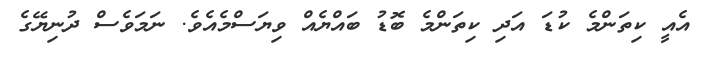
އެއީ ކިތަންމެ ކުޑަ އަދި ކިތަންމެ ބޮޑު ބައްޔެއް ވިޔަސްމެއެވެ. ނަމަވެސް ދުނިޔޭގެ